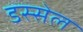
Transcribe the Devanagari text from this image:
डस्सेल